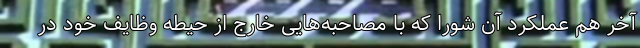
آخر هم عملکرد آن شورا که با مصاحبه‌هایی خارج از حیطه وظایف خود در